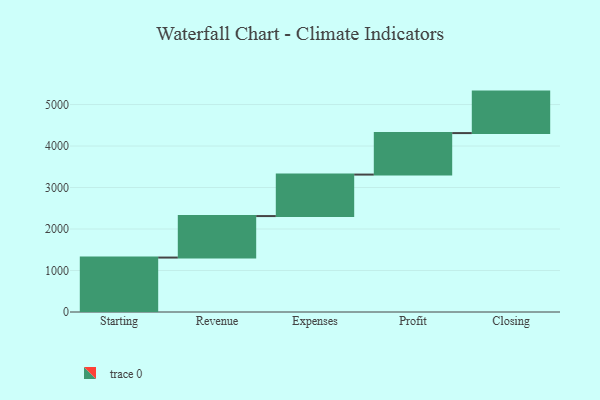
{"axis": {"x": "Step", "y": "Value"}, "legend": [""], "data": [{"x": "Starting", "y": 1312.0, "type": ""}, {"x": "Revenue", "y": 1000, "type": ""}, {"x": "Expenses", "y": 1000, "type": ""}, {"x": "Profit", "y": 1000, "type": ""}, {"x": "Closing", "y": 1000, "type": ""}]}